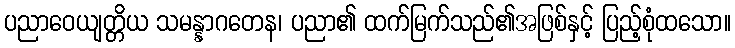
ပညာဝေယျတ္တိယ သမန္နာဂတေန၊ ပညာ၏ ထက်မြက်သည်၏အဖြစ်နှင့် ပြည့်စုံထသော။